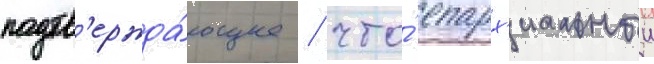
подтв'ержда́ющее / что́ епарх'иальныи